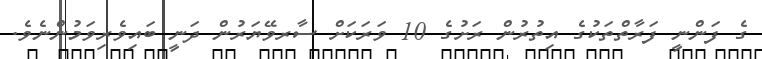
ގެ ފަންނީ ފަރާތްތަކުގެ އިތުރުން ރަށުގެ 10 ވަރަކަށް ސާރވޭޔަރުން ދަނީ ބައިވެެރިވަމުންނެވެ.